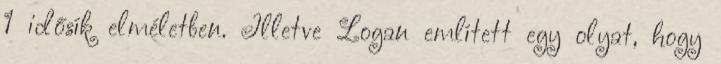
1 idősík elméletben. Illetve Logan említett egy olyat, hogy